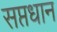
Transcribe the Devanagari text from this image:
सप्तधान